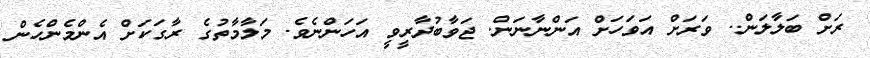
ރަށް ބަލާލަން.. ވަރަށް އަވަހަށް އަންނާނަން. ޖަވާބުދާރީވީ އަހަންނެވެ. މަލާމާތުގެ ރާގަކަށް އެންމެންހެން